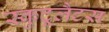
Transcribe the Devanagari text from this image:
स्कुटूलैटस